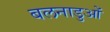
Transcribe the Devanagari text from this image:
बलनाडुओं